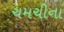
ચમચીના